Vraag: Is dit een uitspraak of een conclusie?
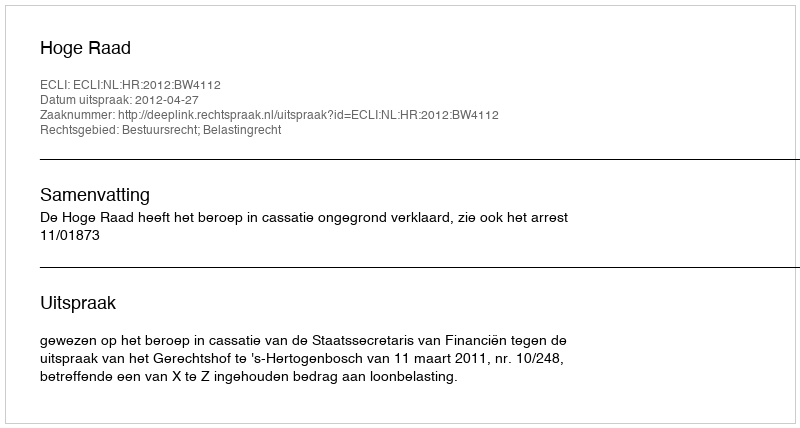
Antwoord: Uitspraak